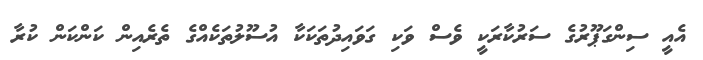
އެއީ ސިންގަޕޫރުގެ ސަރުކާރަކީ ވެސް ވަކި ގަވައިދުތަކަކާ އުސޫލުތަކެއްގެ ތެރެއިން ކަންކަން ކުރާ